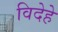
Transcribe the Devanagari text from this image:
विदेहे